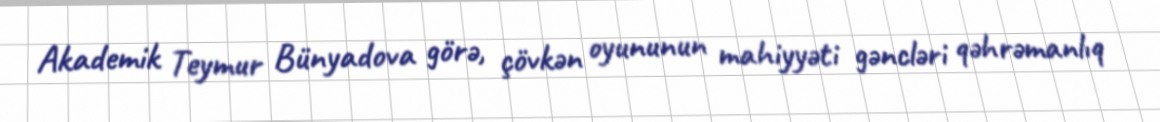
Akademik Teymur Bünyadova görə, çövkən oyununun mahiyyəti gəncləri qəhrəmanlıq